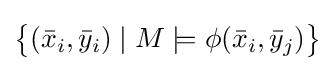
{\bigl \{}({\bar {x}}_{i},{\bar {y}}_{i})\mid M\models \phi ({\bar {x}}_{i},{\bar {y}}_{j}){\bigr \}}